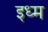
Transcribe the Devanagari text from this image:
इध्म